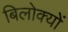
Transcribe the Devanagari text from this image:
बिलोक्‍यों